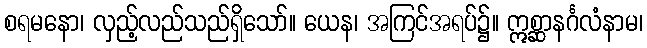
စရမနော၊ လှည့်လည်သည်ရှိသော်။ ယေန၊ အကြင်အရပ်၌။ ဣစ္ဆာနင်္ဂလံနာမ၊